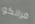
فرانكو